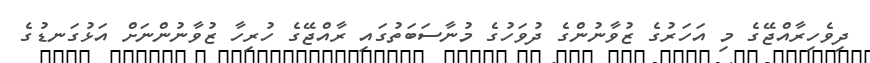
ދިވެހިރާއްޖޭގެ މި އަހަރުގެ ޒުވާނުންގެ ދުވަހުގެ މުނާސަބަތުގައި ރާއްޖޭގެ ހުރިހާ ޒުވާނުންނަށް އަޅުގަނޑުގެ